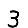
Digit: 3